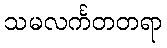
သမလင်္ကတတရာ